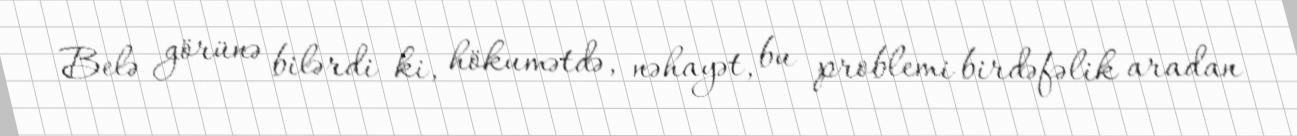
Belə görünə bilərdi ki, hökumətdə, nəhayət, bu problemi birdəfəlik aradan